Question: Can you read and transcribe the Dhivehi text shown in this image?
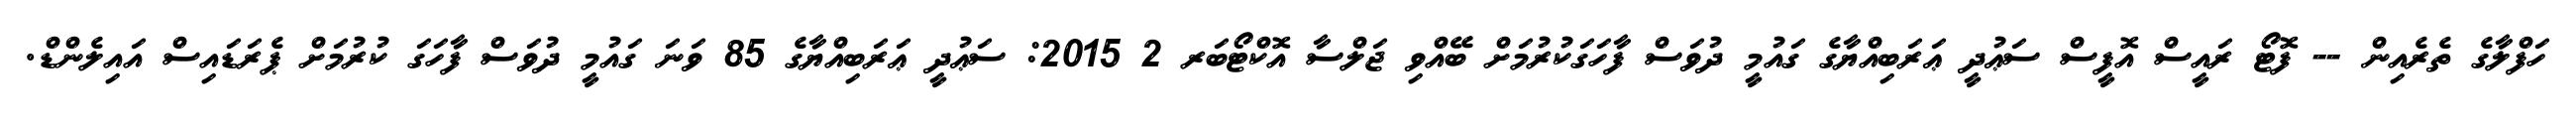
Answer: ހަފްލާގެ ތެރެއިން -- ފޮޓޯ ރައީސް އޮފީސް ސަޢުދީ ޢަރަބިއްޔާގެ ގައުމީ ދުވަސް ފާހަގަކުރުމަށް ބޭއްވި ޖަލްސާ އޮކްޓޯބަރ 2 2015: ސަޢުދީ ޢަރަބިއްޔާގެ 85 ވަނަ ގައުމީ ދުވަސް ފާހަގަ ކުރުމަށް ޕެރަޑައިސް އައިލެންޑް.